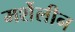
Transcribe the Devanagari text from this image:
मर्शेलीन